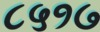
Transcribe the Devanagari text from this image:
८५१७